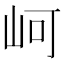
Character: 㞹